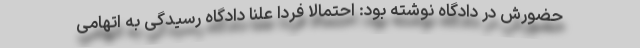
حضورش در دادگاه نوشته بود‌: احتمالا فردا علنا دادگاه رسیدگی به اتهامی